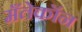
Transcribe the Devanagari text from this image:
मँतेकॉन